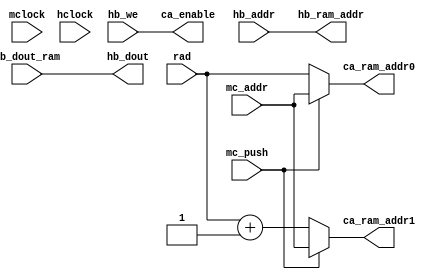
module ded_ca_top
    #(parameter BYTES = 4)
    (
     input           mclock,
     input           mc_push,
     `ifdef BYTE16 input [2:0]     mc_addr,
     `elsif BYTE8  input [3:0]     mc_addr,
     `else         input [4:0]     mc_addr,
     `endif
     
     input           hclock,
     input           hb_we,
     input [4:0]     hb_addr,
     input [(BYTES*8)-1:0] hb_dout_ram,
     
     `ifdef BYTE16 input [2:0]     rad,
     `elsif BYTE8  input [3:0]     rad,
     `else         input [4:0]     rad, `endif
     
     `ifdef BYTE16 output [3:0] ca_enable,
     `elsif BYTE8  output [1:0] ca_enable,
     `else         output       ca_enable,
     `endif
     output     [31:0]          hb_dout,
     output     [4:0]           hb_ram_addr,
     output [4:0]           ca_ram_addr0,
     output [4:0]           ca_ram_addr1
     );
  

`ifdef BYTE16
  wire [2:0]            radp1;
  assign  radp1 = rad + 3'h1;
  assign  hb_dout   = hb_dout_ram[hb_addr[1:0]*32 +: 32];
  assign  ca_enable[0] = hb_we & (hb_addr[1:0] == 2'd0);
  assign  ca_enable[1] = hb_we & (hb_addr[1:0] == 2'd1);
  assign  ca_enable[2] = hb_we & (hb_addr[1:0] == 2'd2);
  assign  ca_enable[3] = hb_we & (hb_addr[1:0] == 2'd3);
  assign  hb_ram_addr = {2'b0, hb_addr[4:2]};
  assign  ca_ram_addr0 = (mc_push) ? {2'b0, mc_addr} : {2'b0, rad};
  assign  ca_ram_addr1 = (mc_push) ? {2'b0, mc_addr} : {2'b0, radp1};
`elsif BYTE8
  wire [3:0]            radp1;
  assign  radp1 = rad + 1;
  assign  hb_dout   = hb_dout_ram[hb_addr[0]*32 +: 32];
  assign  ca_enable[0] = hb_we & (hb_addr[0] == 1'b0);
  assign  ca_enable[1] = hb_we & (hb_addr[0] == 1'b1);
  assign  hb_ram_addr = {1'b0, hb_addr[4:1]};
  assign  ca_ram_addr0 = (mc_push) ? {1'b0, mc_addr} : {1'b0, rad};
  assign  ca_ram_addr1 = (mc_push) ? {1'b0, mc_addr} : {1'b0, radp1};
`else
  wire [4:0]            radp1;
  assign  radp1 = rad + 1;
  assign  hb_dout = hb_dout_ram[31:0];
  assign  ca_enable  = hb_we;
  assign  hb_ram_addr = hb_addr[4:0];
  assign  ca_ram_addr0 = (mc_push) ? mc_addr : rad;
  assign  ca_ram_addr1 = (mc_push) ? mc_addr : radp1;
`endif

endmodule